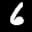
Label: 6